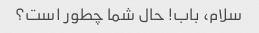
سلام، باب! حال شما چطور است؟